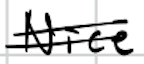
Text: Nice
Cross-out: double-line
Writing tool: digital_black